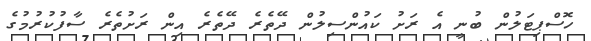
ހޮސްޕިޓަލުން ބުނީ އެ ރަށު ކައުންސިލުން ދޭތެރެ ދޭތެރެ އިން ރަށުތެރެ ސާފުކުރުމުގެ